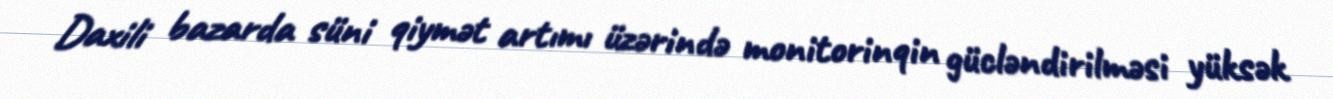
Daxili bazarda süni qiymət artımı üzərində monitorinqin gücləndirilməsi yüksək